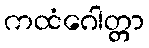
ကထံဂေါတ္တာ